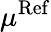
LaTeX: \mu^{\mathrm{Ref}}